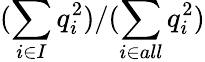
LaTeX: (\sum_{i\in I}q_{i}^{2})/(\sum_{i\in all}q_{i}^{2})